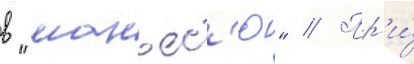
в "манъес'ю" // Пр'и́